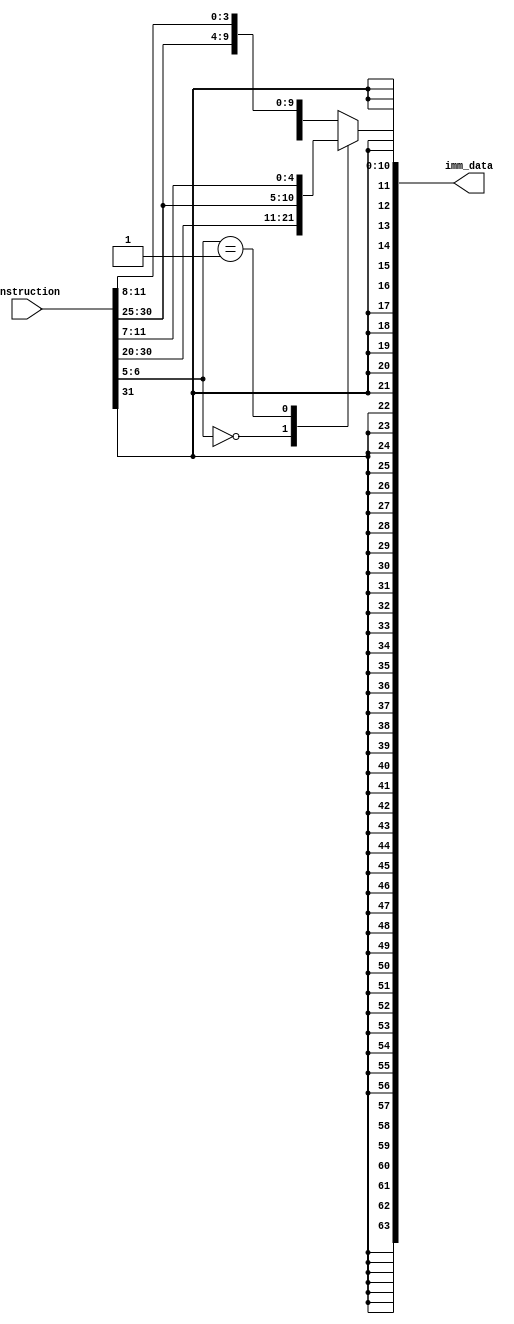
module immediate_data_generator
(
	input [31:0] instruction,
	output reg [63:0] imm_data
);

wire [1:0] sel;
reg [11:0] immediate;

assign sel = instruction [6:5];

always@(sel or instruction)
	begin
		case (sel)
			2'b00:
			begin 
				immediate = instruction[31:20]; 
				imm_data = {{52{immediate[11]}},immediate};// load 
			end
			2'b01:
			begin
				immediate = {instruction[31:25],instruction[11:7]};
				imm_data = {{52{immediate[11]}},immediate};// store
			end 
			default:
			begin
				immediate = {instruction[31],instruction[7],instruction[30:25],instruction[11:8]}; 
				imm_data = {{52{immediate[11]}},immediate};// conditional 
			end
		endcase
	end

endmodule